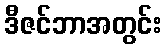
ဒီဇင်ဘာအတွင်း